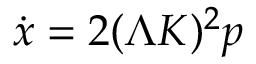
\dot { x } = 2 ( { \mit \Lambda } K ) ^ { 2 } p